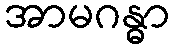
အာမဂန္ဓာ